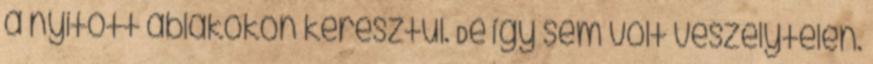
a nyitott ablakokon keresztül. De így sem volt veszélytelen.